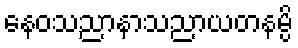
နေဝသညာနာသညာယတနမ္ပိ